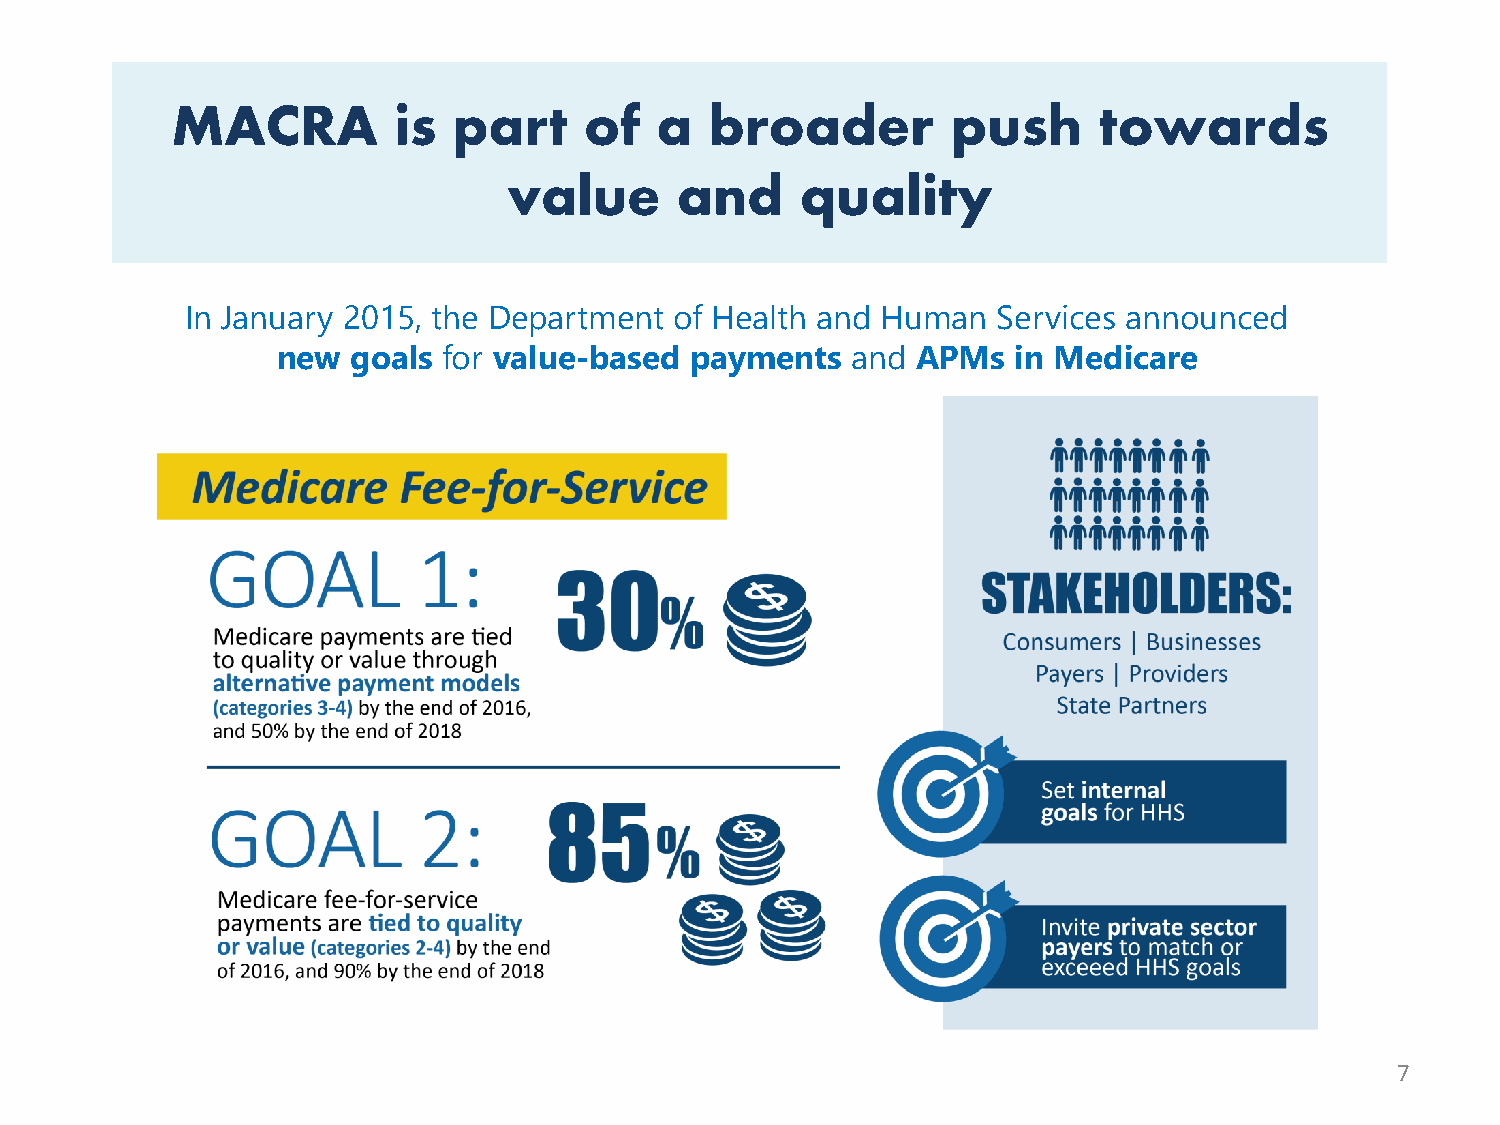
MACRA          is  part     of  a   broader         push      towards
 value      and     quality
 In January 2015, the Department  of Health and Human  Services announced
 new  goals for value-based  payments  and  APMs  in Medicare
 7